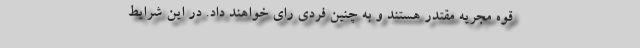
قوه مجریه مقتدر هستند و به چنین فردی رای خواهند داد. در این شرایط